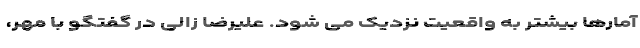
آمارها بیشتر به واقعیت نزدیک می شود. علیرضا زالی در گفتگو با مهر،